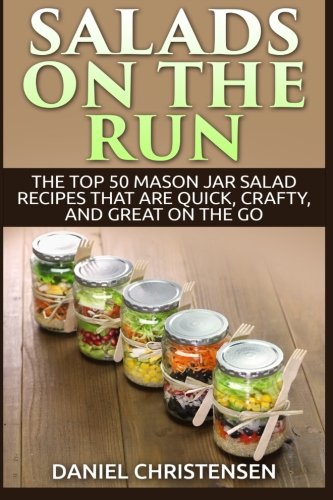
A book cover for Salads on the Run: The Top 50 Mason Jar Salad Recipes That Are Quick, Crafty, and Great on the Go; Daniel Christensen; Cookbooks, Food & Wine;